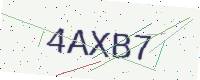
Text: 4AXB7